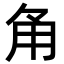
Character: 𮗠